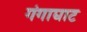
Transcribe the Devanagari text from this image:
गंगाघाट